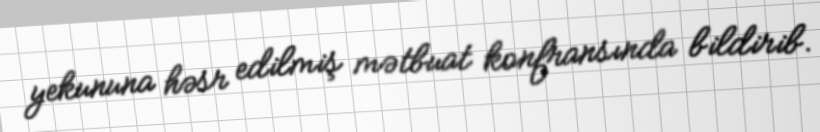
yekununa həsr edilmiş mətbuat konfransında bildirib.